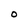
Character: O